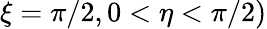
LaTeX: \xi=\pi/2,0<\eta<\pi/2)